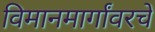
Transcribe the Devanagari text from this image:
विमानमार्गांवरचे